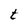
Character: t